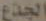
الجذع